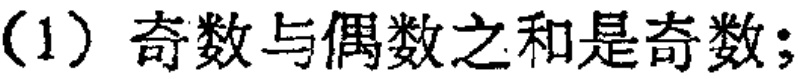
(1) 奇数与偶数之和是奇数；